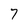
Character: 7